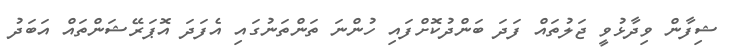
ޝިފާން ވިދާޅުވީ ޖަލުތައް ފަދަ ބަންދުކޮށްފައި ހުންނަ ތަންތަނުގައި އެފަދަ އޮޕަރޭޝަންތައް އަބަދު